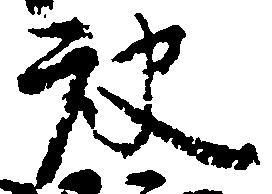
被